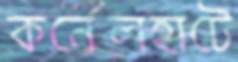
কর্নেলহাটে